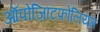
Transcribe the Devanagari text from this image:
ऑपोज़िटिफ़ोलियम